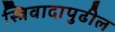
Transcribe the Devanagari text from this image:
स्त्रिवादापुढील